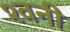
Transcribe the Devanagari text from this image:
श्वनी